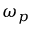
\omega _ { p }